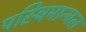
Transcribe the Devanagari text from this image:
पस्चिमान्चल